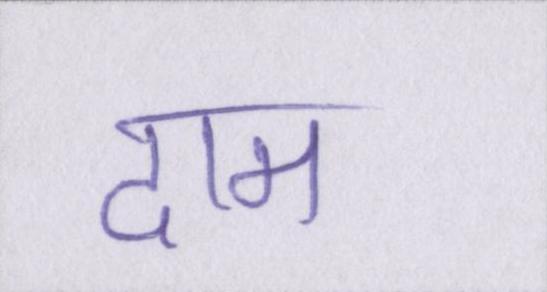
दाम